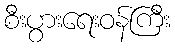
စီးပွားရေးဝန်ကြီး